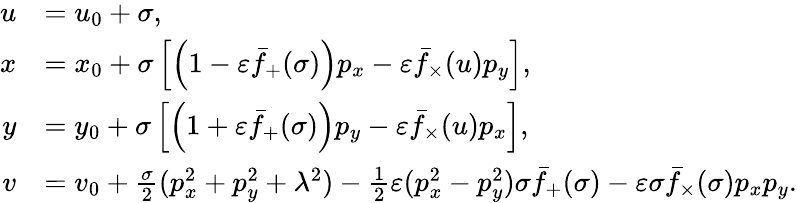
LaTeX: \begin{array}{rl}{u}&{=u_{0}+\sigma,}\\ {x}&{=x_{0}+\sigma\left[\left(1-\varepsilon\bar{f}_{+}(\sigma)\right)p_{x}-\varepsilon\bar{f}_{\times}(u)p_{y}\right],}\\ {y}&{=y_{0}+\sigma\left[\left(1+\varepsilon\bar{f}_{+}(\sigma)\right)p_{y}-\varepsilon\bar{f}_{\times}(u)p_{x}\right],}\\ {v}&{=v_{0}+\frac{\sigma}{2}(p_{x}^{2}+p_{y}^{2}+\lambda^{2})-\frac{1}{2}\varepsilon(p_{x}^{2}-p_{y}^{2})\sigma\bar{f}_{+}(\sigma)-\varepsilon\sigma\bar{f}_{\times}(\sigma)p_{x}p_{y}.}\end{array}